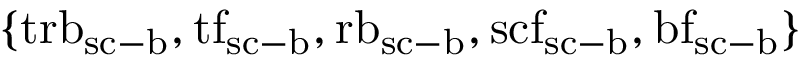
\{ { \mathrm { t r b } } _ { \mathrm { s c } \mathrm { - } \mathrm { b } } , { \mathrm { t f } } _ { \mathrm { s c } \mathrm { - } \mathrm { b } } , { \mathrm { r b } } _ { \mathrm { s c } \mathrm { - } \mathrm { b } } , { \mathrm { s c f } } _ { \mathrm { s c } \mathrm { - } \mathrm { b } } , { \mathrm { b f } } _ { \mathrm { s c } \mathrm { - } \mathrm { b } } \}